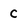
Character: c